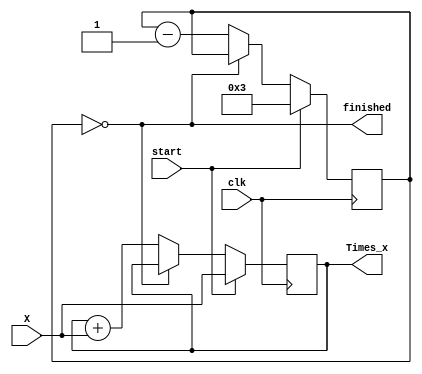
`define TIMES 3
module TimesN(
  output reg [7:0] Times_x, 
  output	finished,
  input	[7:0] X,
  input	clk, start
);
reg	[7:0] times;
assign finished = (times == 0); 

always@(posedge clk) 
  if(start) begin 
    Times_x <= X; 
    times <= `TIMES; //`TIMES=3
  end else if(!finished) begin
    times <= times - 1; 
    Times_x <= Times_x + X;
  end
endmodule